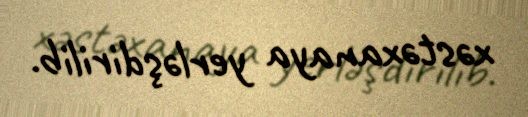
xəstəxanaya yerləşdirilib.